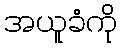
အယူခံကို